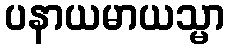
ပနာယမာယသ္မာ